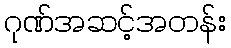
ဂုဏ်အဆင့်အတန်း